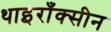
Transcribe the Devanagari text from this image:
थाइराँक्सीन